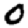
Digit: 0